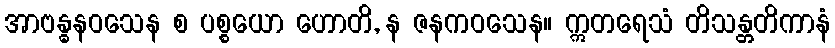
အာဗန္ဓနဝသေန စ ပစ္စယော ဟောတိ, န ဇနကဝသေန။ ဣတရေသံ တိသန္တတိကာနံ